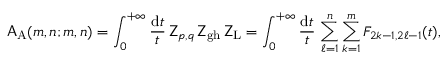
\mathsf { A } _ { \mathrm { A } } ( m , n ; m , n ) = \int _ { 0 } ^ { + \infty } \frac { \mathrm { d } t } { t } \, \mathsf { Z } _ { p , q } \, \mathsf { Z } _ { \mathrm { g h } } \, \mathsf { Z } _ { \mathrm { L } } = \int _ { 0 } ^ { + \infty } \frac { \mathrm { d } t } { t } \, \sum _ { \ell = 1 } ^ { n } \sum _ { k = 1 } ^ { m } F _ { 2 k - 1 , 2 \ell - 1 } ( t ) ,